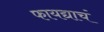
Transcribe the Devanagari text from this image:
फायद्याचं